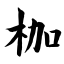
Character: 枷